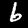
Label: 6